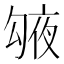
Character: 𠅱